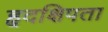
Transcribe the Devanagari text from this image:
हृदक्षिपता